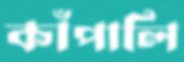
কাঁপালি